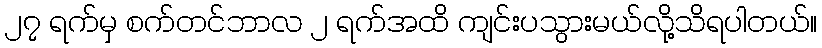
၂၇ ရက်မှ စက်တင်ဘာလ ၂ ရက်အထိ ကျင်းပသွားမယ်လို့သိရပါတယ်။